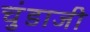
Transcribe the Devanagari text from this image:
चुंडाजी